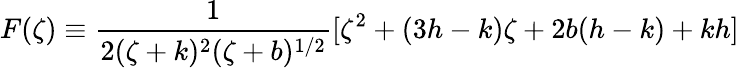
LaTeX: F(\zeta)\equiv\frac{1}{2(\zeta+k)^{2}(\zeta+b)^{1/2}}[\zeta^{2}+(3h-k)\zeta+2b(h-k)+kh]